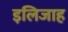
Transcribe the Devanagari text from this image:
इलिजाह